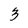
Character: 3